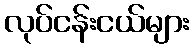
လုပ်ငန်းငယ်များ